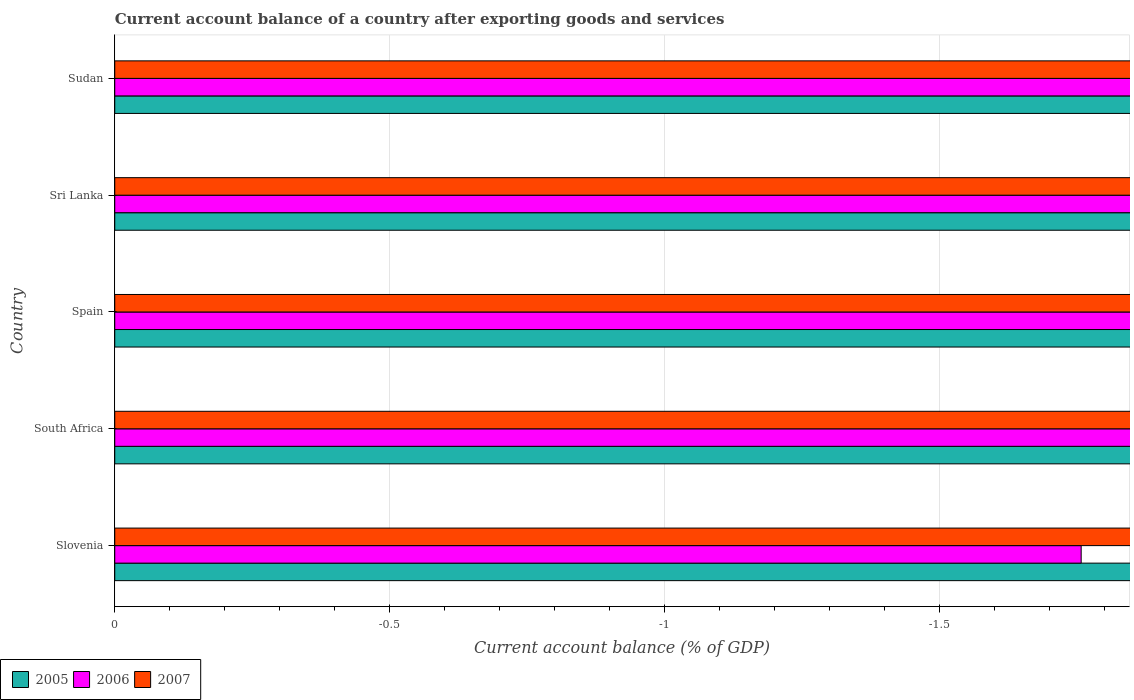
| Country | 2005 | 2006 | 2007 |
 | --- | --- | --- | --- |
 | Slovenia | -1.87 | -1.76 | -4.19 |
 | South Africa | -3.11 | -4.45 | -5.4 |
 | Spain | -7.21 | -8.77 | -9.77 |
 | Sri Lanka | -2.66 | -5.3 | -4.33 |
 | Sudan | -9.32 | -18.1 | -7.84 |